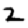
Digit: 2